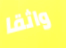
واثقا